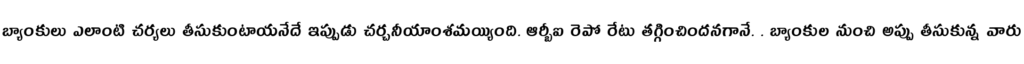
బ్యాంకులు ఎలాంటి చర్యలు తీసుకుంటాయనేదే ఇప్పుడు చర్చనీయాంశమయ్యింది. ఆర్బీఐ రెపో రేటు తగ్గించిందనగానే. . బ్యాంకుల నుంచి అప్పు తీసుకున్న వారు